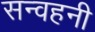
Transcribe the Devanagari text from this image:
सन्वहनी